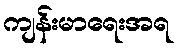
ကျန်းမာရေးအရ